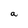
Character: a